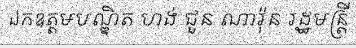
ឯកឧត្តមបណ្ឌិត ហង់ ជួន ណារ៉ុន រដ្ឋមន្ត្រី